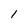
Character: 1